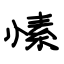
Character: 愫